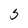
Character: 5